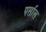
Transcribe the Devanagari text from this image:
पर्साल